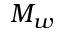
M _ { w }